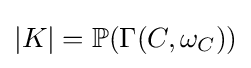
|K|=\mathbb {P} (\Gamma (C,\omega _{C}))